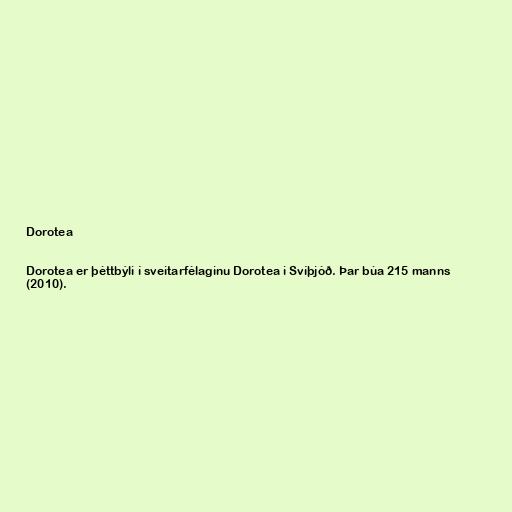
Dorotea

Dorotea er þéttbýli í sveitarfélaginu Dorotea i Svíþjóð. Þar búa 215 manns
(2010).